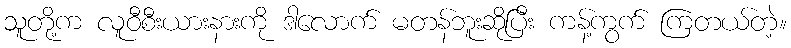
သူတို့က လူဝီစီးယားနားကို ဒါလောက် မတန်ဘူးဆိုပြီး ကန့်ကွက် ကြတယ်တဲ့။